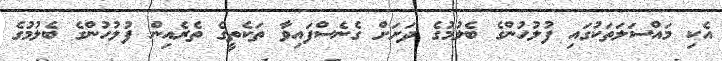
އެކި މައްސަލަތަކުގައި ފުލުހުންގެ ބެލުމުގެ ދަށަށް ގެނެސްފައިވާ ތަކެތީގެ ތެރެއިން ފުލުހުންގެ ބެލުމުގެ